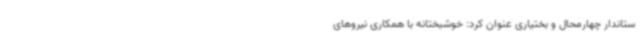
ستاندار چهارمحال و بختیاری عنوان کرد: خوشبختانه با همکاری نیروهای